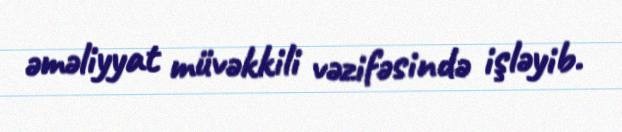
əməliyyat müvəkkili vəzifəsində işləyib.